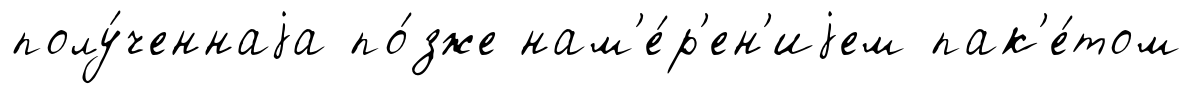
полу́ченнаjа по́зже нам'е́р'ен'иjем пак'е́том